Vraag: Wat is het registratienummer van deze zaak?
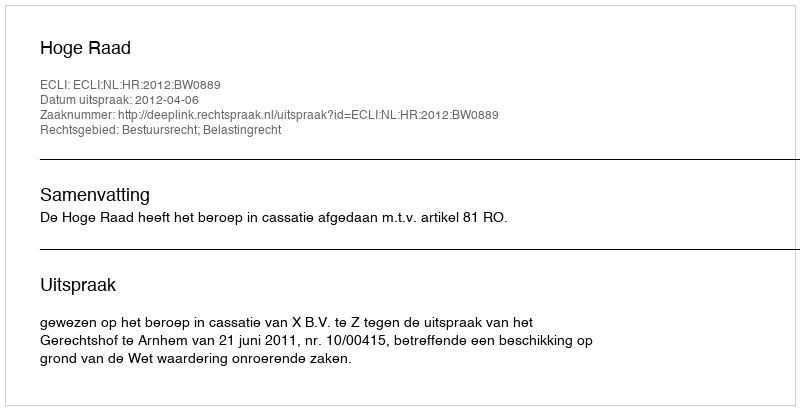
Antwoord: http://deeplink.rechtspraak.nl/uitspraak?id=ECLI:NL:HR:2012:BW0889